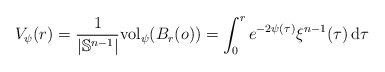
LaTeX: \begin{align*}V_\psi(r) = \frac{1}{|\mathbb{S}^{n-1}|}{\rm vol}_\psi (B_r(o)) =\int_0^r e^{-2\psi(\tau)}\xi^{n-1}(\tau) \, {\rm d}\tau \end{align*}